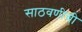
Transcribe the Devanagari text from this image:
साठवणीची